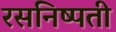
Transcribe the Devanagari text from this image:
रसनिष्पती